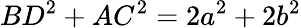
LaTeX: BD^{2}+AC^{2}=2a^{2}+2b^{2}